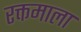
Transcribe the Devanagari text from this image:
रक्तमाला